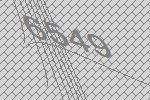
6549